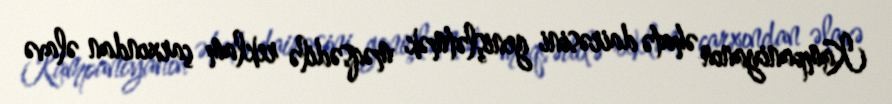
Kampaniyanın əhatə dairəsini genişlətmək məqsədilə reklam çarxından əlavə